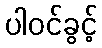
ပါဝင်ခွင့်